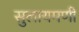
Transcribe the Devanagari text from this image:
सुलायमणी